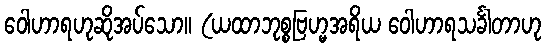
ဝေါဟာရဟုဆိုအပ်သော။ (ယထာဘုစ္စဗြဟ္မအရိယ ဝေါဟာရသင်္ခါတာဟု